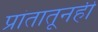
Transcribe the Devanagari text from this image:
प्रांतातूनही